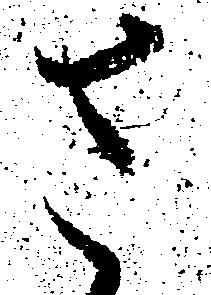
さ